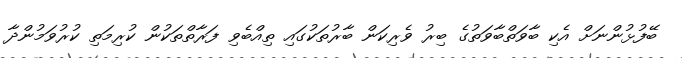
ބޭފުޅުންނަށް އެކި ބާވަތްބާވަތުގެ ބިރު ވެރިކަން ބާރުތަކުގައި ތިއްބެވި ފަރާތްތަކުން ކުރިމަތި ކުރުވަމުންދާ